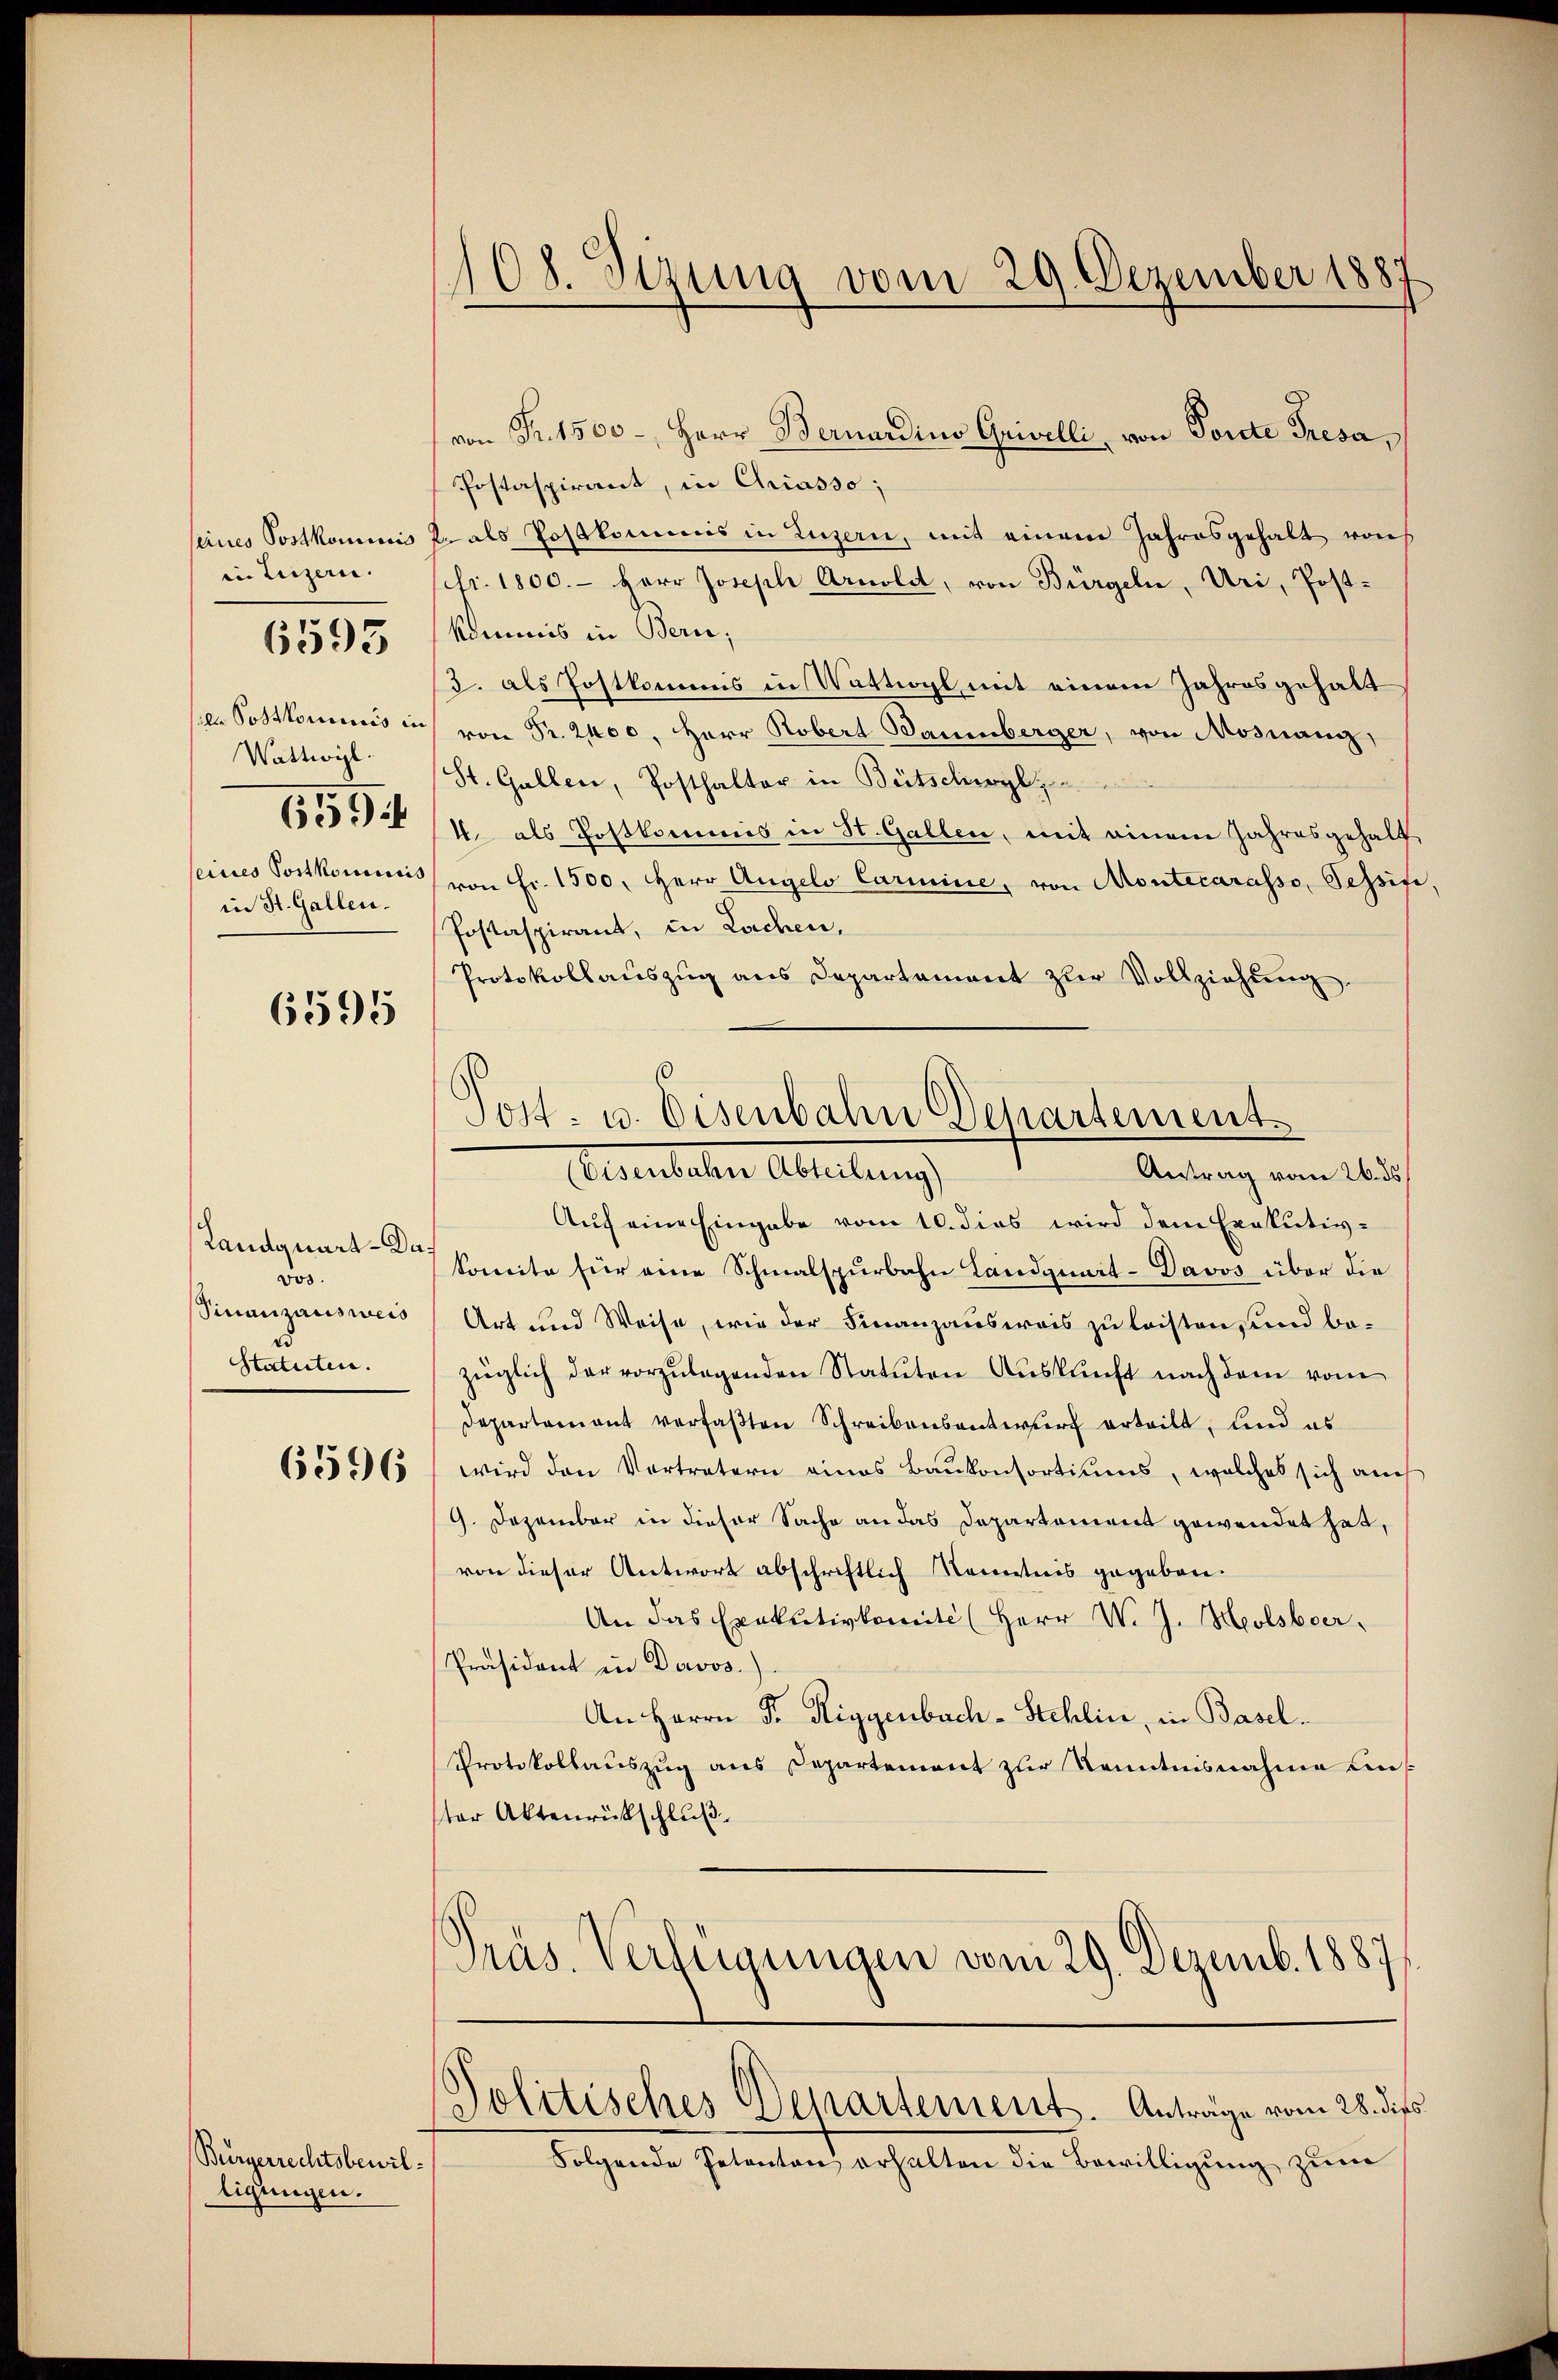
in Luzern.
Wattwyl
in St. Gallen.

6593

6595

Landquart - Davos.
Statuten.

Bürgerrechtsbewiltigungen.

108. Sizung vom 29. Dezember 1887
I

von Fr. 1500 - Herr Bernardina Grivelli, von Porte Fresa,
Postaspirant, in Chiasso;
eines Postkommnis J. als Postkommnis in Luzern, mit einem Jahresgehalt von
Nr. 1800. Herr Joseph Arnold, von Bürgeln, Uri, Post-
kommis in Bern;
3. als Postkommis in Wattwyl mit einem Jahresgehalt
p. Postkommis in von Fr. 2400. Herr Robert Daumberger, von Mosnang,
(St. Gallen, Posthalter in Bütschwyl
/4. als Postkommis in St. Gallen, mit einem Jahresgehalt
seines Postkomicis von Fr. 1500. Herr Angelo Carmine, von Montecarasso, Schrift
Postaspirant, in Lachen,
Protokollauszug aus Departement zur Vollziehung
Antrag vom 26. ds.
Auf eine Eingabe vom 10. dies wird dem Exekutiv-
komite für eine Schmalspurbahn Landquart-Davos über die
Finanzausweis, Art und Weise, wie der Finanzausweis zu leisten, und bezüglich der vorzŭlegenden Statuten Auskunft nach dem vom
Departement verfaβten Schreibensantwurf erteilt, und es
655550 / wird den Vertratern eines Baŭkonsortiums, welches sich auch
9. Dezember in dieser Sache an das Departement gewendet hat,
von dieser Antwort abschriftlich Kenntnis gegeben.
An das Exekutivkomite (Herr W. J. Holsboer.
Präsident in Davos.)
An Herrn Fr. Riggenbach-Stehlin, in Basel.
Protokollauszug aus Departement zur Kenntnisnahme un
ster Aktenrückschluß
Präs. Verfügungen vom 29. Dezemb. 1887

0
Post- u. Eisenbahn Departement.
Absentalen Abteilung

Politisches Departement. Anträge vom 28. dies

Folgende Petenten erhalten die Bewilligung zum